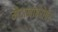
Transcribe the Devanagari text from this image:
मैदानाबरोबर